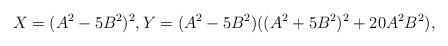
LaTeX: \begin{align*}X=(A^{2}-5B^{2})^2, Y= (A^{2}-5B^{2}) ( (A^{2}+5B^{2})^2 + 20A^2B^2),\end{align*}